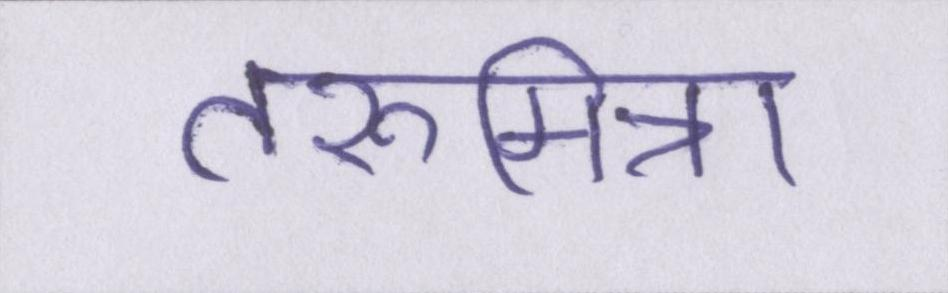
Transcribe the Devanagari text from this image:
तरूमित्रा